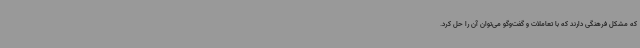
که مشکل فرهنگی دارند که با تعاملات و گفت‌وگو می‌توان آن‌ را حل کرد.